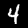
Label: 4